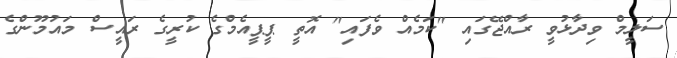
ސަލީމް ވިދާޅުވީ ރާއްޖޭގައި "ކަމެއް ވެފައި" އޮތީ ޕީޕީއެމްގެ ކުރީގެ ރައީސް މައުމޫންގެ